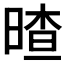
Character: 𣉎